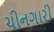
ચીનગારી